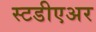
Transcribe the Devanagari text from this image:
स्टडीएअर